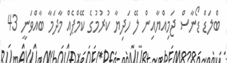
ބްލަޑް ޑޯނާސް ޖަމިއްޔާއިން ލޭ ހަދިޔާ ކުރުމުގެ ކޭމްޕެއް މާދަމާ ބާއްވަނީ 43